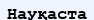
Науқаста